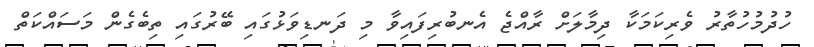
ހުދުމުހުތާރު ވެރިކަމަކާ ދިމާލަށް ރާއްޖެ އެނބުރިފައިވާ މި ދަނޑިވަޅުގައި ބޭރުގައި ތިބެގެން މަސައްކަތް